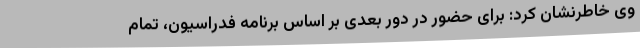
وی خاطرنشان کرد: برای حضور در دور بعدی بر اساس برنامه فدراسیون، تمام